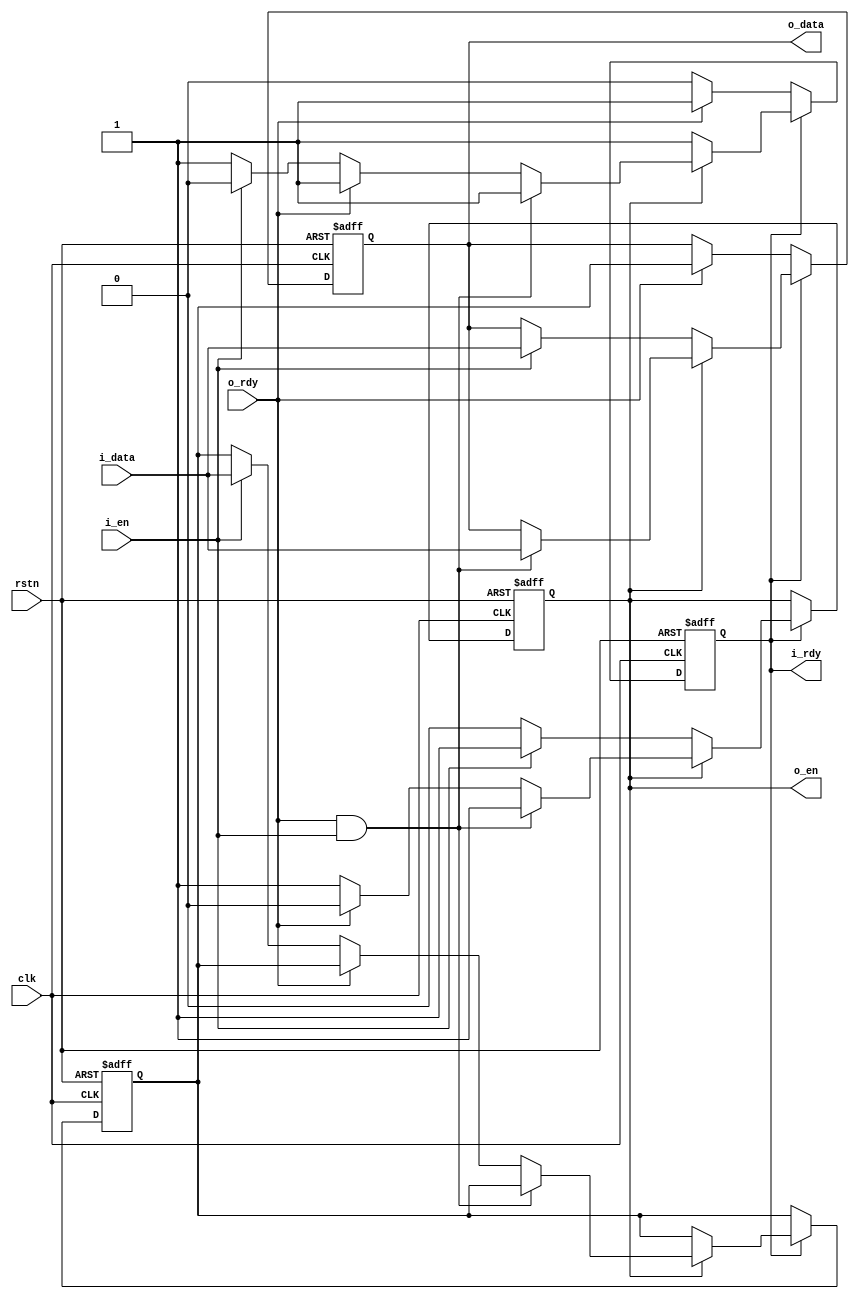

//--------------------------------------------------------------------------------------------------------
// Module  : fifo2
// Type    : synthesizable, IP's sub-module
// Standard: Verilog 2001 (IEEE1364-2001)
// Function: fifo with capacity=2, 
//           all outputs are register-out, which can be inserted into the stream chain to improve timing
//--------------------------------------------------------------------------------------------------------

module fifo2 # (
    parameter            DW = 8
) (
    input  wire          rstn,
    input  wire          clk,
    output wire          i_rdy,
    input  wire          i_en,
    input  wire [DW-1:0] i_data,
    input  wire          o_rdy,
    output wire          o_en,
    output wire [DW-1:0] o_data
);


reg       data1_en   = 1'b0;                 // fifo data1 exist
reg       data2_en_n = 1'b1;                 // fifo data2 exist (n)
reg [DW-1:0] data1   = 0;                    // fifo data1
reg [DW-1:0] data2   = 0;                    // fifo data2

assign    i_rdy  = data2_en_n;               // input ready when not full
assign    o_en   = data1_en;                 // output valid when not empty
assign    o_data = data1;

always @ (posedge clk or negedge rstn)
    if (~rstn) begin
        data1_en   <= 1'b0;
        data2_en_n <= 1'b1;
        data1      <= 0;
        data2      <= 0;
    end else begin
        if          (~data2_en_n) begin      // full (data2 exist)
            if (o_rdy) begin                 // allow output
                data2_en_n <= 1'b1;          // set data2 to not exist
                data1      <= data2;         // data2 -> data1
            end
        end else if (data1_en) begin         // half full (data1 exist, but data2 not exist)
            if (o_rdy & i_en) begin          // allow both output and input simultaneously
                data1      <= i_data;        // i_data -> data1
            end else if (o_rdy) begin        // only allow output
                data1_en   <= 1'b0;          // set data1 to not exist
            end else if (i_en) begin         // only allow input
                data2_en_n <= 1'b0;          // set data1 to exist
                data2      <= i_data;        // i_data -> data2
            end
        end else begin                       // empty (both data1 & data2 not exist)
            if (i_en) begin                  // allow input
                data1_en   <= 1'b1;          // set data1 to exist
                data1      <= i_data;        // i_data -> data1
            end
        end
    end

endmodule